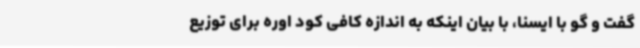
گفت و گو با ایسنا، با بیان اینکه به اندازه کافی کود اوره برای توزیع